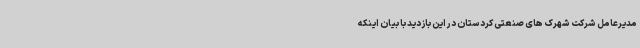
مدیرعامل شرکت شهرک های صنعتی کردستان در این بازدید با بیان اینکه